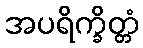
အပရိက္ခိတ္တံ